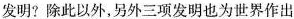
发明?除此以外，另外三项发明也为世界作出